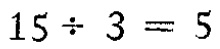
$15 \div 3 = 5$